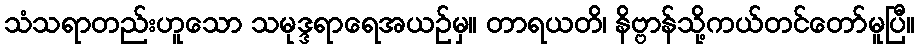
သံသရာတည်းဟူသော သမုဒ္ဒရာရေအယဉ်မှ။ တာရယတိ၊ နိဗ္ဗာန်သို့ကယ်တင်တော်မူပြီ။